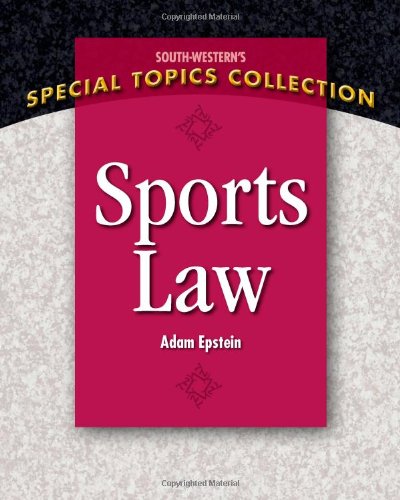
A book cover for Sports Law (South-Western's Special Topics Collection); Adam Epstein; Law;